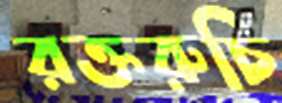
রক্তরুচি